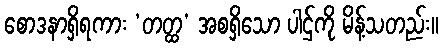
စောဒနာရှိရကား ‘တတ္ထ’ အစရှိသော ပါဌ်ကို မိန့်သတည်း။